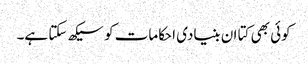
کوئی بھی کتا ان بنیادی احکامات کو سیکھ سکتا ہے۔